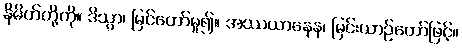
နိမိတ်တို့ကို။ ဒိသွာ၊ မြင်တော်မူ၍။ အဿယာနေန၊ မြင်းယာဉ်တော်ဖြင့်။